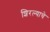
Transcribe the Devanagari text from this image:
शिरल्याचे